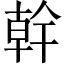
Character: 幹